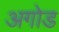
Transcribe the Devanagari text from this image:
अगोड